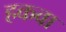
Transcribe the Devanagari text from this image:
हकवा